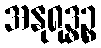
အနုရုဒ္ဓဉ္စ